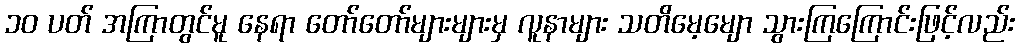
၁၀ ပတ် အကြာတွင်မူ နေရာ တော်တော်များများမှ လူနာများ သတိမေ့မျော သွားကြကြောင်းဖြင့်လည်း